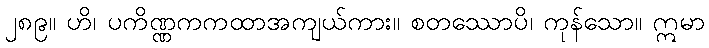
၂၈၉။ ဟိ၊ ပကိဏ္ဏကကထာအကျယ်ကား။ စတဿောပိ၊ ကုန်သော။ ဣမာ